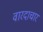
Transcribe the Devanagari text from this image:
वारदाचार